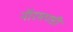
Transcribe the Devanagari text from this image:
नॉरमण्डी